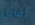
أقابل